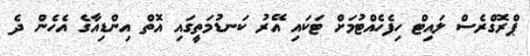
ޕްރޮގްރެސް ލައިޓް ހިފެހެއްޓުމަށް ޓަކައި އޭރު ކަނޑުމަތީގައި އޮތް އިންޑިއާގެ އެހެން ދެ